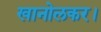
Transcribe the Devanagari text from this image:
खानोलकर।